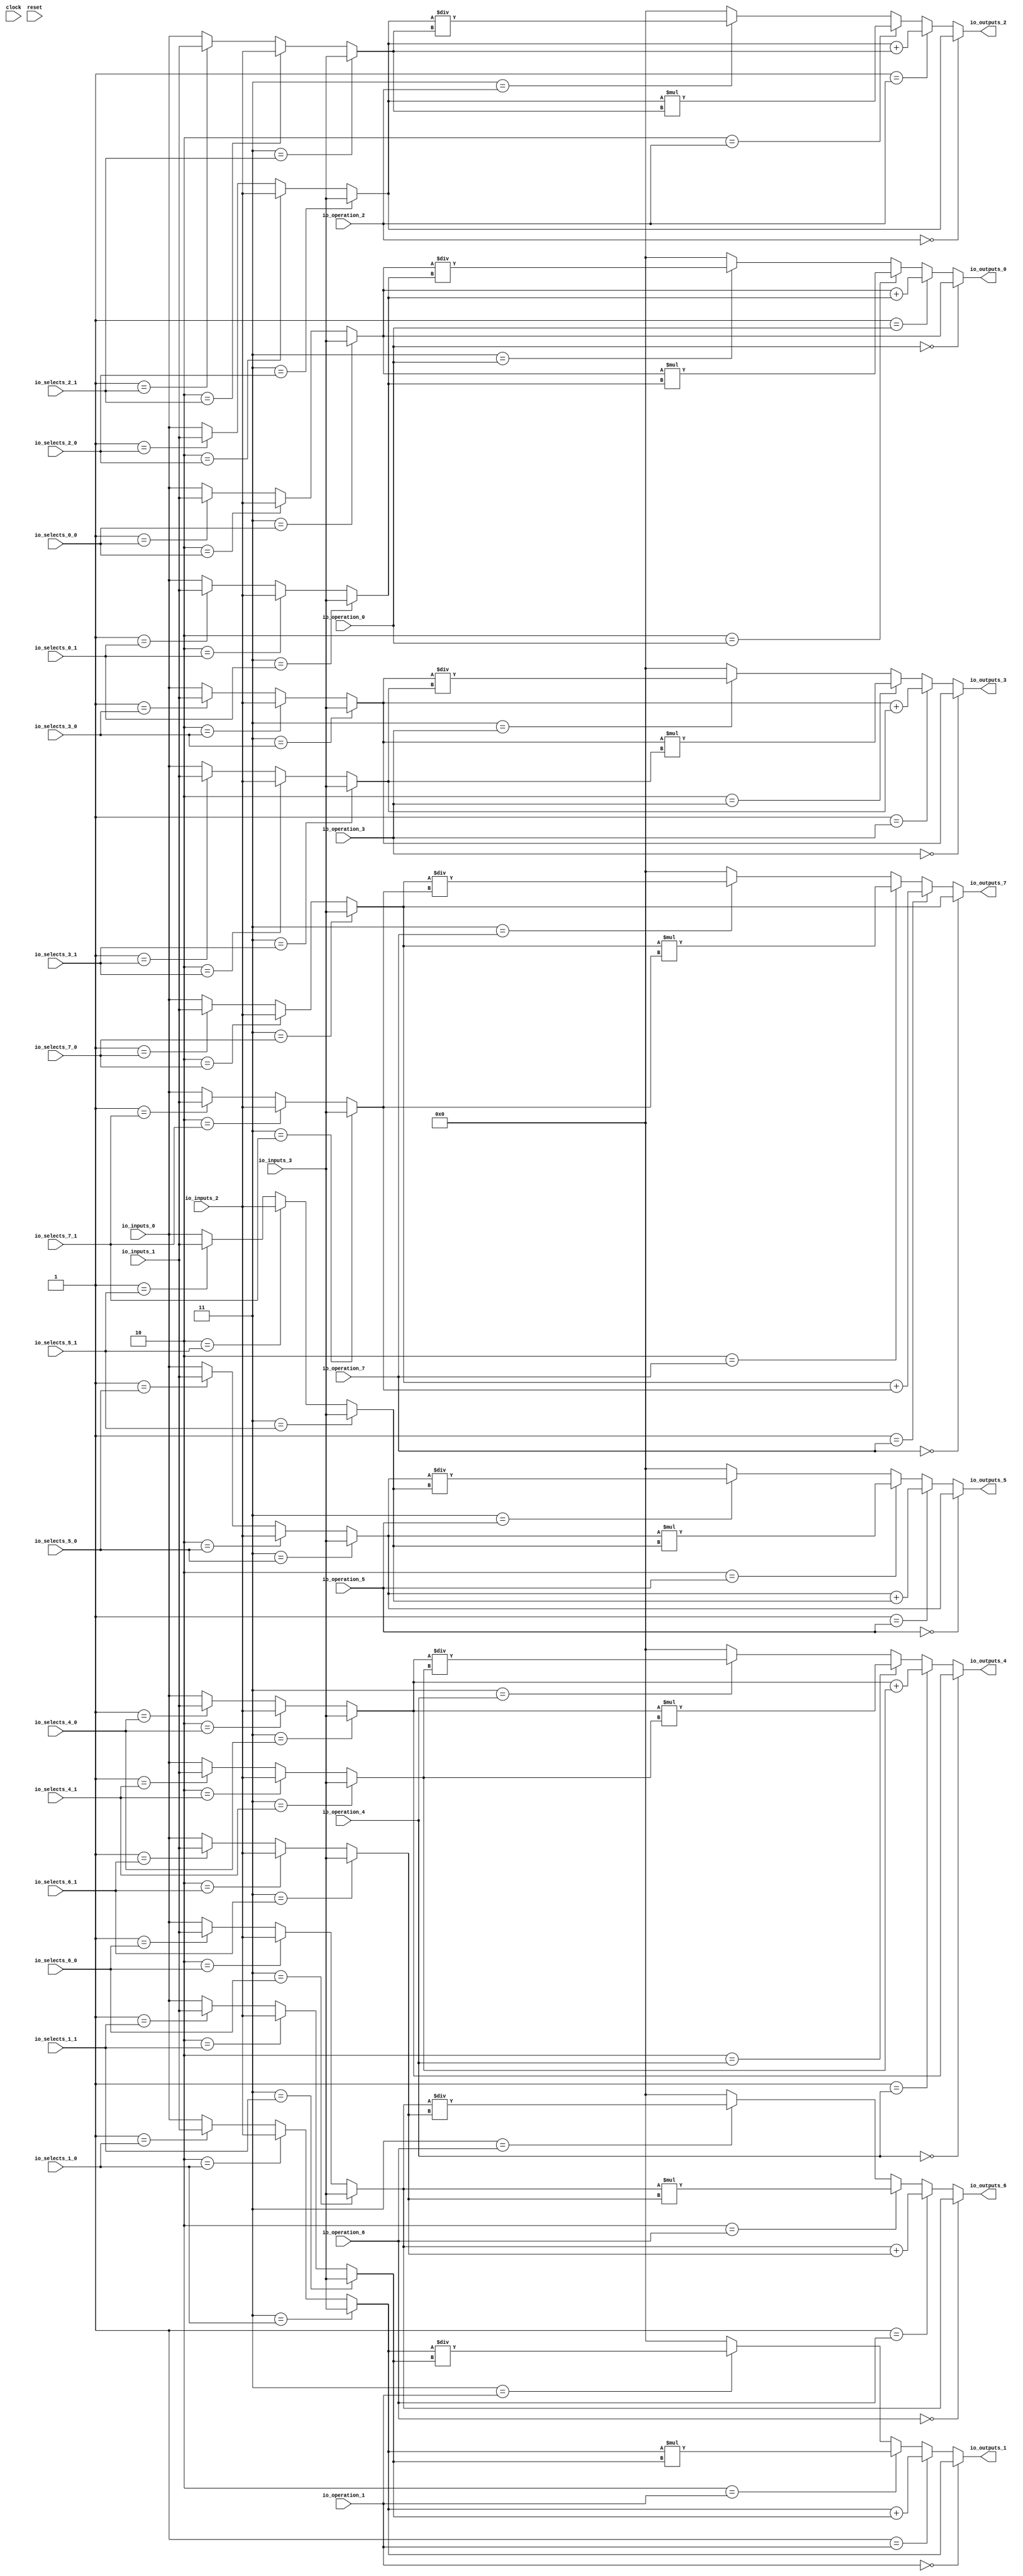
module MuxTest_width_64_inputs_4_outputs_8_pipeline_0( // @[:@3.2]
  input         clock, // @[:@4.4]
  input         reset, // @[:@5.4]
  input  [1:0]  io_selects_0_0, // @[:@6.4]
  input  [1:0]  io_selects_0_1, // @[:@6.4]
  input  [1:0]  io_selects_1_0, // @[:@6.4]
  input  [1:0]  io_selects_1_1, // @[:@6.4]
  input  [1:0]  io_selects_2_0, // @[:@6.4]
  input  [1:0]  io_selects_2_1, // @[:@6.4]
  input  [1:0]  io_selects_3_0, // @[:@6.4]
  input  [1:0]  io_selects_3_1, // @[:@6.4]
  input  [1:0]  io_selects_4_0, // @[:@6.4]
  input  [1:0]  io_selects_4_1, // @[:@6.4]
  input  [1:0]  io_selects_5_0, // @[:@6.4]
  input  [1:0]  io_selects_5_1, // @[:@6.4]
  input  [1:0]  io_selects_6_0, // @[:@6.4]
  input  [1:0]  io_selects_6_1, // @[:@6.4]
  input  [1:0]  io_selects_7_0, // @[:@6.4]
  input  [1:0]  io_selects_7_1, // @[:@6.4]
  input  [2:0]  io_operation_0, // @[:@6.4]
  input  [2:0]  io_operation_1, // @[:@6.4]
  input  [2:0]  io_operation_2, // @[:@6.4]
  input  [2:0]  io_operation_3, // @[:@6.4]
  input  [2:0]  io_operation_4, // @[:@6.4]
  input  [2:0]  io_operation_5, // @[:@6.4]
  input  [2:0]  io_operation_6, // @[:@6.4]
  input  [2:0]  io_operation_7, // @[:@6.4]
  input  [63:0] io_inputs_0, // @[:@6.4]
  input  [63:0] io_inputs_1, // @[:@6.4]
  input  [63:0] io_inputs_2, // @[:@6.4]
  input  [63:0] io_inputs_3, // @[:@6.4]
  output [63:0] io_outputs_0, // @[:@6.4]
  output [63:0] io_outputs_1, // @[:@6.4]
  output [63:0] io_outputs_2, // @[:@6.4]
  output [63:0] io_outputs_3, // @[:@6.4]
  output [63:0] io_outputs_4, // @[:@6.4]
  output [63:0] io_outputs_5, // @[:@6.4]
  output [63:0] io_outputs_6, // @[:@6.4]
  output [63:0] io_outputs_7 // @[:@6.4]
);
  wire [63:0] _GEN_1; // @[MuxTest_width_64_inputs_4_outputs_8_pipeline_0s.scala 32:53:@8.4]
  wire [63:0] _GEN_2; // @[MuxTest_width_64_inputs_4_outputs_8_pipeline_0s.scala 32:53:@8.4]
  wire [63:0] _GEN_3; // @[MuxTest_width_64_inputs_4_outputs_8_pipeline_0s.scala 32:53:@8.4]
  wire [63:0] _GEN_5; // @[MuxTest_width_64_inputs_4_outputs_8_pipeline_0s.scala 32:53:@8.4]
  wire [63:0] _GEN_6; // @[MuxTest_width_64_inputs_4_outputs_8_pipeline_0s.scala 32:53:@8.4]
  wire [63:0] _GEN_7; // @[MuxTest_width_64_inputs_4_outputs_8_pipeline_0s.scala 32:53:@8.4]
  wire [64:0] _T_394; // @[MuxTest_width_64_inputs_4_outputs_8_pipeline_0s.scala 32:53:@8.4]
  wire [63:0] _T_395; // @[MuxTest_width_64_inputs_4_outputs_8_pipeline_0s.scala 32:53:@9.4]
  wire [127:0] _T_397; // @[MuxTest_width_64_inputs_4_outputs_8_pipeline_0s.scala 33:58:@10.4]
  wire [63:0] _T_399; // @[MuxTest_width_64_inputs_4_outputs_8_pipeline_0s.scala 34:56:@11.4]
  wire  _T_400; // @[Mux.scala 46:19:@12.4]
  wire [63:0] _T_401; // @[Mux.scala 46:16:@13.4]
  wire  _T_402; // @[Mux.scala 46:19:@14.4]
  wire [127:0] _T_403; // @[Mux.scala 46:16:@15.4]
  wire  _T_404; // @[Mux.scala 46:19:@16.4]
  wire [127:0] _T_405; // @[Mux.scala 46:16:@17.4]
  wire  _T_406; // @[Mux.scala 46:19:@18.4]
  wire [127:0] _T_407; // @[Mux.scala 46:16:@19.4]
  wire [63:0] _GEN_9; // @[MuxTest_width_64_inputs_4_outputs_8_pipeline_0s.scala 32:53:@20.4]
  wire [63:0] _GEN_10; // @[MuxTest_width_64_inputs_4_outputs_8_pipeline_0s.scala 32:53:@20.4]
  wire [63:0] _GEN_11; // @[MuxTest_width_64_inputs_4_outputs_8_pipeline_0s.scala 32:53:@20.4]
  wire [63:0] _GEN_13; // @[MuxTest_width_64_inputs_4_outputs_8_pipeline_0s.scala 32:53:@20.4]
  wire [63:0] _GEN_14; // @[MuxTest_width_64_inputs_4_outputs_8_pipeline_0s.scala 32:53:@20.4]
  wire [63:0] _GEN_15; // @[MuxTest_width_64_inputs_4_outputs_8_pipeline_0s.scala 32:53:@20.4]
  wire [64:0] _T_411; // @[MuxTest_width_64_inputs_4_outputs_8_pipeline_0s.scala 32:53:@20.4]
  wire [63:0] _T_412; // @[MuxTest_width_64_inputs_4_outputs_8_pipeline_0s.scala 32:53:@21.4]
  wire [127:0] _T_414; // @[MuxTest_width_64_inputs_4_outputs_8_pipeline_0s.scala 33:58:@22.4]
  wire [63:0] _T_416; // @[MuxTest_width_64_inputs_4_outputs_8_pipeline_0s.scala 34:56:@23.4]
  wire  _T_417; // @[Mux.scala 46:19:@24.4]
  wire [63:0] _T_418; // @[Mux.scala 46:16:@25.4]
  wire  _T_419; // @[Mux.scala 46:19:@26.4]
  wire [127:0] _T_420; // @[Mux.scala 46:16:@27.4]
  wire  _T_421; // @[Mux.scala 46:19:@28.4]
  wire [127:0] _T_422; // @[Mux.scala 46:16:@29.4]
  wire  _T_423; // @[Mux.scala 46:19:@30.4]
  wire [127:0] _T_424; // @[Mux.scala 46:16:@31.4]
  wire [63:0] _GEN_17; // @[MuxTest_width_64_inputs_4_outputs_8_pipeline_0s.scala 32:53:@32.4]
  wire [63:0] _GEN_18; // @[MuxTest_width_64_inputs_4_outputs_8_pipeline_0s.scala 32:53:@32.4]
  wire [63:0] _GEN_19; // @[MuxTest_width_64_inputs_4_outputs_8_pipeline_0s.scala 32:53:@32.4]
  wire [63:0] _GEN_21; // @[MuxTest_width_64_inputs_4_outputs_8_pipeline_0s.scala 32:53:@32.4]
  wire [63:0] _GEN_22; // @[MuxTest_width_64_inputs_4_outputs_8_pipeline_0s.scala 32:53:@32.4]
  wire [63:0] _GEN_23; // @[MuxTest_width_64_inputs_4_outputs_8_pipeline_0s.scala 32:53:@32.4]
  wire [64:0] _T_428; // @[MuxTest_width_64_inputs_4_outputs_8_pipeline_0s.scala 32:53:@32.4]
  wire [63:0] _T_429; // @[MuxTest_width_64_inputs_4_outputs_8_pipeline_0s.scala 32:53:@33.4]
  wire [127:0] _T_431; // @[MuxTest_width_64_inputs_4_outputs_8_pipeline_0s.scala 33:58:@34.4]
  wire [63:0] _T_433; // @[MuxTest_width_64_inputs_4_outputs_8_pipeline_0s.scala 34:56:@35.4]
  wire  _T_434; // @[Mux.scala 46:19:@36.4]
  wire [63:0] _T_435; // @[Mux.scala 46:16:@37.4]
  wire  _T_436; // @[Mux.scala 46:19:@38.4]
  wire [127:0] _T_437; // @[Mux.scala 46:16:@39.4]
  wire  _T_438; // @[Mux.scala 46:19:@40.4]
  wire [127:0] _T_439; // @[Mux.scala 46:16:@41.4]
  wire  _T_440; // @[Mux.scala 46:19:@42.4]
  wire [127:0] _T_441; // @[Mux.scala 46:16:@43.4]
  wire [63:0] _GEN_25; // @[MuxTest_width_64_inputs_4_outputs_8_pipeline_0s.scala 32:53:@44.4]
  wire [63:0] _GEN_26; // @[MuxTest_width_64_inputs_4_outputs_8_pipeline_0s.scala 32:53:@44.4]
  wire [63:0] _GEN_27; // @[MuxTest_width_64_inputs_4_outputs_8_pipeline_0s.scala 32:53:@44.4]
  wire [63:0] _GEN_29; // @[MuxTest_width_64_inputs_4_outputs_8_pipeline_0s.scala 32:53:@44.4]
  wire [63:0] _GEN_30; // @[MuxTest_width_64_inputs_4_outputs_8_pipeline_0s.scala 32:53:@44.4]
  wire [63:0] _GEN_31; // @[MuxTest_width_64_inputs_4_outputs_8_pipeline_0s.scala 32:53:@44.4]
  wire [64:0] _T_445; // @[MuxTest_width_64_inputs_4_outputs_8_pipeline_0s.scala 32:53:@44.4]
  wire [63:0] _T_446; // @[MuxTest_width_64_inputs_4_outputs_8_pipeline_0s.scala 32:53:@45.4]
  wire [127:0] _T_448; // @[MuxTest_width_64_inputs_4_outputs_8_pipeline_0s.scala 33:58:@46.4]
  wire [63:0] _T_450; // @[MuxTest_width_64_inputs_4_outputs_8_pipeline_0s.scala 34:56:@47.4]
  wire  _T_451; // @[Mux.scala 46:19:@48.4]
  wire [63:0] _T_452; // @[Mux.scala 46:16:@49.4]
  wire  _T_453; // @[Mux.scala 46:19:@50.4]
  wire [127:0] _T_454; // @[Mux.scala 46:16:@51.4]
  wire  _T_455; // @[Mux.scala 46:19:@52.4]
  wire [127:0] _T_456; // @[Mux.scala 46:16:@53.4]
  wire  _T_457; // @[Mux.scala 46:19:@54.4]
  wire [127:0] _T_458; // @[Mux.scala 46:16:@55.4]
  wire [63:0] _GEN_33; // @[MuxTest_width_64_inputs_4_outputs_8_pipeline_0s.scala 32:53:@56.4]
  wire [63:0] _GEN_34; // @[MuxTest_width_64_inputs_4_outputs_8_pipeline_0s.scala 32:53:@56.4]
  wire [63:0] _GEN_35; // @[MuxTest_width_64_inputs_4_outputs_8_pipeline_0s.scala 32:53:@56.4]
  wire [63:0] _GEN_37; // @[MuxTest_width_64_inputs_4_outputs_8_pipeline_0s.scala 32:53:@56.4]
  wire [63:0] _GEN_38; // @[MuxTest_width_64_inputs_4_outputs_8_pipeline_0s.scala 32:53:@56.4]
  wire [63:0] _GEN_39; // @[MuxTest_width_64_inputs_4_outputs_8_pipeline_0s.scala 32:53:@56.4]
  wire [64:0] _T_462; // @[MuxTest_width_64_inputs_4_outputs_8_pipeline_0s.scala 32:53:@56.4]
  wire [63:0] _T_463; // @[MuxTest_width_64_inputs_4_outputs_8_pipeline_0s.scala 32:53:@57.4]
  wire [127:0] _T_465; // @[MuxTest_width_64_inputs_4_outputs_8_pipeline_0s.scala 33:58:@58.4]
  wire [63:0] _T_467; // @[MuxTest_width_64_inputs_4_outputs_8_pipeline_0s.scala 34:56:@59.4]
  wire  _T_468; // @[Mux.scala 46:19:@60.4]
  wire [63:0] _T_469; // @[Mux.scala 46:16:@61.4]
  wire  _T_470; // @[Mux.scala 46:19:@62.4]
  wire [127:0] _T_471; // @[Mux.scala 46:16:@63.4]
  wire  _T_472; // @[Mux.scala 46:19:@64.4]
  wire [127:0] _T_473; // @[Mux.scala 46:16:@65.4]
  wire  _T_474; // @[Mux.scala 46:19:@66.4]
  wire [127:0] _T_475; // @[Mux.scala 46:16:@67.4]
  wire [63:0] _GEN_41; // @[MuxTest_width_64_inputs_4_outputs_8_pipeline_0s.scala 32:53:@68.4]
  wire [63:0] _GEN_42; // @[MuxTest_width_64_inputs_4_outputs_8_pipeline_0s.scala 32:53:@68.4]
  wire [63:0] _GEN_43; // @[MuxTest_width_64_inputs_4_outputs_8_pipeline_0s.scala 32:53:@68.4]
  wire [63:0] _GEN_45; // @[MuxTest_width_64_inputs_4_outputs_8_pipeline_0s.scala 32:53:@68.4]
  wire [63:0] _GEN_46; // @[MuxTest_width_64_inputs_4_outputs_8_pipeline_0s.scala 32:53:@68.4]
  wire [63:0] _GEN_47; // @[MuxTest_width_64_inputs_4_outputs_8_pipeline_0s.scala 32:53:@68.4]
  wire [64:0] _T_479; // @[MuxTest_width_64_inputs_4_outputs_8_pipeline_0s.scala 32:53:@68.4]
  wire [63:0] _T_480; // @[MuxTest_width_64_inputs_4_outputs_8_pipeline_0s.scala 32:53:@69.4]
  wire [127:0] _T_482; // @[MuxTest_width_64_inputs_4_outputs_8_pipeline_0s.scala 33:58:@70.4]
  wire [63:0] _T_484; // @[MuxTest_width_64_inputs_4_outputs_8_pipeline_0s.scala 34:56:@71.4]
  wire  _T_485; // @[Mux.scala 46:19:@72.4]
  wire [63:0] _T_486; // @[Mux.scala 46:16:@73.4]
  wire  _T_487; // @[Mux.scala 46:19:@74.4]
  wire [127:0] _T_488; // @[Mux.scala 46:16:@75.4]
  wire  _T_489; // @[Mux.scala 46:19:@76.4]
  wire [127:0] _T_490; // @[Mux.scala 46:16:@77.4]
  wire  _T_491; // @[Mux.scala 46:19:@78.4]
  wire [127:0] _T_492; // @[Mux.scala 46:16:@79.4]
  wire [63:0] _GEN_49; // @[MuxTest_width_64_inputs_4_outputs_8_pipeline_0s.scala 32:53:@80.4]
  wire [63:0] _GEN_50; // @[MuxTest_width_64_inputs_4_outputs_8_pipeline_0s.scala 32:53:@80.4]
  wire [63:0] _GEN_51; // @[MuxTest_width_64_inputs_4_outputs_8_pipeline_0s.scala 32:53:@80.4]
  wire [63:0] _GEN_53; // @[MuxTest_width_64_inputs_4_outputs_8_pipeline_0s.scala 32:53:@80.4]
  wire [63:0] _GEN_54; // @[MuxTest_width_64_inputs_4_outputs_8_pipeline_0s.scala 32:53:@80.4]
  wire [63:0] _GEN_55; // @[MuxTest_width_64_inputs_4_outputs_8_pipeline_0s.scala 32:53:@80.4]
  wire [64:0] _T_496; // @[MuxTest_width_64_inputs_4_outputs_8_pipeline_0s.scala 32:53:@80.4]
  wire [63:0] _T_497; // @[MuxTest_width_64_inputs_4_outputs_8_pipeline_0s.scala 32:53:@81.4]
  wire [127:0] _T_499; // @[MuxTest_width_64_inputs_4_outputs_8_pipeline_0s.scala 33:58:@82.4]
  wire [63:0] _T_501; // @[MuxTest_width_64_inputs_4_outputs_8_pipeline_0s.scala 34:56:@83.4]
  wire  _T_502; // @[Mux.scala 46:19:@84.4]
  wire [63:0] _T_503; // @[Mux.scala 46:16:@85.4]
  wire  _T_504; // @[Mux.scala 46:19:@86.4]
  wire [127:0] _T_505; // @[Mux.scala 46:16:@87.4]
  wire  _T_506; // @[Mux.scala 46:19:@88.4]
  wire [127:0] _T_507; // @[Mux.scala 46:16:@89.4]
  wire  _T_508; // @[Mux.scala 46:19:@90.4]
  wire [127:0] _T_509; // @[Mux.scala 46:16:@91.4]
  wire [63:0] _GEN_57; // @[MuxTest_width_64_inputs_4_outputs_8_pipeline_0s.scala 32:53:@92.4]
  wire [63:0] _GEN_58; // @[MuxTest_width_64_inputs_4_outputs_8_pipeline_0s.scala 32:53:@92.4]
  wire [63:0] _GEN_59; // @[MuxTest_width_64_inputs_4_outputs_8_pipeline_0s.scala 32:53:@92.4]
  wire [63:0] _GEN_61; // @[MuxTest_width_64_inputs_4_outputs_8_pipeline_0s.scala 32:53:@92.4]
  wire [63:0] _GEN_62; // @[MuxTest_width_64_inputs_4_outputs_8_pipeline_0s.scala 32:53:@92.4]
  wire [63:0] _GEN_63; // @[MuxTest_width_64_inputs_4_outputs_8_pipeline_0s.scala 32:53:@92.4]
  wire [64:0] _T_513; // @[MuxTest_width_64_inputs_4_outputs_8_pipeline_0s.scala 32:53:@92.4]
  wire [63:0] _T_514; // @[MuxTest_width_64_inputs_4_outputs_8_pipeline_0s.scala 32:53:@93.4]
  wire [127:0] _T_516; // @[MuxTest_width_64_inputs_4_outputs_8_pipeline_0s.scala 33:58:@94.4]
  wire [63:0] _T_518; // @[MuxTest_width_64_inputs_4_outputs_8_pipeline_0s.scala 34:56:@95.4]
  wire  _T_519; // @[Mux.scala 46:19:@96.4]
  wire [63:0] _T_520; // @[Mux.scala 46:16:@97.4]
  wire  _T_521; // @[Mux.scala 46:19:@98.4]
  wire [127:0] _T_522; // @[Mux.scala 46:16:@99.4]
  wire  _T_523; // @[Mux.scala 46:19:@100.4]
  wire [127:0] _T_524; // @[Mux.scala 46:16:@101.4]
  wire  _T_525; // @[Mux.scala 46:19:@102.4]
  wire [127:0] _T_526; // @[Mux.scala 46:16:@103.4]
  assign _GEN_1 = 2'h1 == io_selects_0_0 ? io_inputs_1 : io_inputs_0; // @[MuxTest_width_64_inputs_4_outputs_8_pipeline_0s.scala 32:53:@8.4]
  assign _GEN_2 = 2'h2 == io_selects_0_0 ? io_inputs_2 : _GEN_1; // @[MuxTest_width_64_inputs_4_outputs_8_pipeline_0s.scala 32:53:@8.4]
  assign _GEN_3 = 2'h3 == io_selects_0_0 ? io_inputs_3 : _GEN_2; // @[MuxTest_width_64_inputs_4_outputs_8_pipeline_0s.scala 32:53:@8.4]
  assign _GEN_5 = 2'h1 == io_selects_0_1 ? io_inputs_1 : io_inputs_0; // @[MuxTest_width_64_inputs_4_outputs_8_pipeline_0s.scala 32:53:@8.4]
  assign _GEN_6 = 2'h2 == io_selects_0_1 ? io_inputs_2 : _GEN_5; // @[MuxTest_width_64_inputs_4_outputs_8_pipeline_0s.scala 32:53:@8.4]
  assign _GEN_7 = 2'h3 == io_selects_0_1 ? io_inputs_3 : _GEN_6; // @[MuxTest_width_64_inputs_4_outputs_8_pipeline_0s.scala 32:53:@8.4]
  assign _T_394 = _GEN_3 + _GEN_7; // @[MuxTest_width_64_inputs_4_outputs_8_pipeline_0s.scala 32:53:@8.4]
  assign _T_395 = _GEN_3 + _GEN_7; // @[MuxTest_width_64_inputs_4_outputs_8_pipeline_0s.scala 32:53:@9.4]
  assign _T_397 = _GEN_3 * _GEN_7; // @[MuxTest_width_64_inputs_4_outputs_8_pipeline_0s.scala 33:58:@10.4]
  assign _T_399 = _GEN_3 / _GEN_7; // @[MuxTest_width_64_inputs_4_outputs_8_pipeline_0s.scala 34:56:@11.4]
  assign _T_400 = 3'h3 == io_operation_0; // @[Mux.scala 46:19:@12.4]
  assign _T_401 = _T_400 ? _T_399 : 64'h0; // @[Mux.scala 46:16:@13.4]
  assign _T_402 = 3'h2 == io_operation_0; // @[Mux.scala 46:19:@14.4]
  assign _T_403 = _T_402 ? _T_397 : {{64'd0}, _T_401}; // @[Mux.scala 46:16:@15.4]
  assign _T_404 = 3'h1 == io_operation_0; // @[Mux.scala 46:19:@16.4]
  assign _T_405 = _T_404 ? {{64'd0}, _T_395} : _T_403; // @[Mux.scala 46:16:@17.4]
  assign _T_406 = 3'h0 == io_operation_0; // @[Mux.scala 46:19:@18.4]
  assign _T_407 = _T_406 ? {{64'd0}, _GEN_3} : _T_405; // @[Mux.scala 46:16:@19.4]
  assign _GEN_9 = 2'h1 == io_selects_1_0 ? io_inputs_1 : io_inputs_0; // @[MuxTest_width_64_inputs_4_outputs_8_pipeline_0s.scala 32:53:@20.4]
  assign _GEN_10 = 2'h2 == io_selects_1_0 ? io_inputs_2 : _GEN_9; // @[MuxTest_width_64_inputs_4_outputs_8_pipeline_0s.scala 32:53:@20.4]
  assign _GEN_11 = 2'h3 == io_selects_1_0 ? io_inputs_3 : _GEN_10; // @[MuxTest_width_64_inputs_4_outputs_8_pipeline_0s.scala 32:53:@20.4]
  assign _GEN_13 = 2'h1 == io_selects_1_1 ? io_inputs_1 : io_inputs_0; // @[MuxTest_width_64_inputs_4_outputs_8_pipeline_0s.scala 32:53:@20.4]
  assign _GEN_14 = 2'h2 == io_selects_1_1 ? io_inputs_2 : _GEN_13; // @[MuxTest_width_64_inputs_4_outputs_8_pipeline_0s.scala 32:53:@20.4]
  assign _GEN_15 = 2'h3 == io_selects_1_1 ? io_inputs_3 : _GEN_14; // @[MuxTest_width_64_inputs_4_outputs_8_pipeline_0s.scala 32:53:@20.4]
  assign _T_411 = _GEN_11 + _GEN_15; // @[MuxTest_width_64_inputs_4_outputs_8_pipeline_0s.scala 32:53:@20.4]
  assign _T_412 = _GEN_11 + _GEN_15; // @[MuxTest_width_64_inputs_4_outputs_8_pipeline_0s.scala 32:53:@21.4]
  assign _T_414 = _GEN_11 * _GEN_15; // @[MuxTest_width_64_inputs_4_outputs_8_pipeline_0s.scala 33:58:@22.4]
  assign _T_416 = _GEN_11 / _GEN_15; // @[MuxTest_width_64_inputs_4_outputs_8_pipeline_0s.scala 34:56:@23.4]
  assign _T_417 = 3'h3 == io_operation_1; // @[Mux.scala 46:19:@24.4]
  assign _T_418 = _T_417 ? _T_416 : 64'h0; // @[Mux.scala 46:16:@25.4]
  assign _T_419 = 3'h2 == io_operation_1; // @[Mux.scala 46:19:@26.4]
  assign _T_420 = _T_419 ? _T_414 : {{64'd0}, _T_418}; // @[Mux.scala 46:16:@27.4]
  assign _T_421 = 3'h1 == io_operation_1; // @[Mux.scala 46:19:@28.4]
  assign _T_422 = _T_421 ? {{64'd0}, _T_412} : _T_420; // @[Mux.scala 46:16:@29.4]
  assign _T_423 = 3'h0 == io_operation_1; // @[Mux.scala 46:19:@30.4]
  assign _T_424 = _T_423 ? {{64'd0}, _GEN_11} : _T_422; // @[Mux.scala 46:16:@31.4]
  assign _GEN_17 = 2'h1 == io_selects_2_0 ? io_inputs_1 : io_inputs_0; // @[MuxTest_width_64_inputs_4_outputs_8_pipeline_0s.scala 32:53:@32.4]
  assign _GEN_18 = 2'h2 == io_selects_2_0 ? io_inputs_2 : _GEN_17; // @[MuxTest_width_64_inputs_4_outputs_8_pipeline_0s.scala 32:53:@32.4]
  assign _GEN_19 = 2'h3 == io_selects_2_0 ? io_inputs_3 : _GEN_18; // @[MuxTest_width_64_inputs_4_outputs_8_pipeline_0s.scala 32:53:@32.4]
  assign _GEN_21 = 2'h1 == io_selects_2_1 ? io_inputs_1 : io_inputs_0; // @[MuxTest_width_64_inputs_4_outputs_8_pipeline_0s.scala 32:53:@32.4]
  assign _GEN_22 = 2'h2 == io_selects_2_1 ? io_inputs_2 : _GEN_21; // @[MuxTest_width_64_inputs_4_outputs_8_pipeline_0s.scala 32:53:@32.4]
  assign _GEN_23 = 2'h3 == io_selects_2_1 ? io_inputs_3 : _GEN_22; // @[MuxTest_width_64_inputs_4_outputs_8_pipeline_0s.scala 32:53:@32.4]
  assign _T_428 = _GEN_19 + _GEN_23; // @[MuxTest_width_64_inputs_4_outputs_8_pipeline_0s.scala 32:53:@32.4]
  assign _T_429 = _GEN_19 + _GEN_23; // @[MuxTest_width_64_inputs_4_outputs_8_pipeline_0s.scala 32:53:@33.4]
  assign _T_431 = _GEN_19 * _GEN_23; // @[MuxTest_width_64_inputs_4_outputs_8_pipeline_0s.scala 33:58:@34.4]
  assign _T_433 = _GEN_19 / _GEN_23; // @[MuxTest_width_64_inputs_4_outputs_8_pipeline_0s.scala 34:56:@35.4]
  assign _T_434 = 3'h3 == io_operation_2; // @[Mux.scala 46:19:@36.4]
  assign _T_435 = _T_434 ? _T_433 : 64'h0; // @[Mux.scala 46:16:@37.4]
  assign _T_436 = 3'h2 == io_operation_2; // @[Mux.scala 46:19:@38.4]
  assign _T_437 = _T_436 ? _T_431 : {{64'd0}, _T_435}; // @[Mux.scala 46:16:@39.4]
  assign _T_438 = 3'h1 == io_operation_2; // @[Mux.scala 46:19:@40.4]
  assign _T_439 = _T_438 ? {{64'd0}, _T_429} : _T_437; // @[Mux.scala 46:16:@41.4]
  assign _T_440 = 3'h0 == io_operation_2; // @[Mux.scala 46:19:@42.4]
  assign _T_441 = _T_440 ? {{64'd0}, _GEN_19} : _T_439; // @[Mux.scala 46:16:@43.4]
  assign _GEN_25 = 2'h1 == io_selects_3_0 ? io_inputs_1 : io_inputs_0; // @[MuxTest_width_64_inputs_4_outputs_8_pipeline_0s.scala 32:53:@44.4]
  assign _GEN_26 = 2'h2 == io_selects_3_0 ? io_inputs_2 : _GEN_25; // @[MuxTest_width_64_inputs_4_outputs_8_pipeline_0s.scala 32:53:@44.4]
  assign _GEN_27 = 2'h3 == io_selects_3_0 ? io_inputs_3 : _GEN_26; // @[MuxTest_width_64_inputs_4_outputs_8_pipeline_0s.scala 32:53:@44.4]
  assign _GEN_29 = 2'h1 == io_selects_3_1 ? io_inputs_1 : io_inputs_0; // @[MuxTest_width_64_inputs_4_outputs_8_pipeline_0s.scala 32:53:@44.4]
  assign _GEN_30 = 2'h2 == io_selects_3_1 ? io_inputs_2 : _GEN_29; // @[MuxTest_width_64_inputs_4_outputs_8_pipeline_0s.scala 32:53:@44.4]
  assign _GEN_31 = 2'h3 == io_selects_3_1 ? io_inputs_3 : _GEN_30; // @[MuxTest_width_64_inputs_4_outputs_8_pipeline_0s.scala 32:53:@44.4]
  assign _T_445 = _GEN_27 + _GEN_31; // @[MuxTest_width_64_inputs_4_outputs_8_pipeline_0s.scala 32:53:@44.4]
  assign _T_446 = _GEN_27 + _GEN_31; // @[MuxTest_width_64_inputs_4_outputs_8_pipeline_0s.scala 32:53:@45.4]
  assign _T_448 = _GEN_27 * _GEN_31; // @[MuxTest_width_64_inputs_4_outputs_8_pipeline_0s.scala 33:58:@46.4]
  assign _T_450 = _GEN_27 / _GEN_31; // @[MuxTest_width_64_inputs_4_outputs_8_pipeline_0s.scala 34:56:@47.4]
  assign _T_451 = 3'h3 == io_operation_3; // @[Mux.scala 46:19:@48.4]
  assign _T_452 = _T_451 ? _T_450 : 64'h0; // @[Mux.scala 46:16:@49.4]
  assign _T_453 = 3'h2 == io_operation_3; // @[Mux.scala 46:19:@50.4]
  assign _T_454 = _T_453 ? _T_448 : {{64'd0}, _T_452}; // @[Mux.scala 46:16:@51.4]
  assign _T_455 = 3'h1 == io_operation_3; // @[Mux.scala 46:19:@52.4]
  assign _T_456 = _T_455 ? {{64'd0}, _T_446} : _T_454; // @[Mux.scala 46:16:@53.4]
  assign _T_457 = 3'h0 == io_operation_3; // @[Mux.scala 46:19:@54.4]
  assign _T_458 = _T_457 ? {{64'd0}, _GEN_27} : _T_456; // @[Mux.scala 46:16:@55.4]
  assign _GEN_33 = 2'h1 == io_selects_4_0 ? io_inputs_1 : io_inputs_0; // @[MuxTest_width_64_inputs_4_outputs_8_pipeline_0s.scala 32:53:@56.4]
  assign _GEN_34 = 2'h2 == io_selects_4_0 ? io_inputs_2 : _GEN_33; // @[MuxTest_width_64_inputs_4_outputs_8_pipeline_0s.scala 32:53:@56.4]
  assign _GEN_35 = 2'h3 == io_selects_4_0 ? io_inputs_3 : _GEN_34; // @[MuxTest_width_64_inputs_4_outputs_8_pipeline_0s.scala 32:53:@56.4]
  assign _GEN_37 = 2'h1 == io_selects_4_1 ? io_inputs_1 : io_inputs_0; // @[MuxTest_width_64_inputs_4_outputs_8_pipeline_0s.scala 32:53:@56.4]
  assign _GEN_38 = 2'h2 == io_selects_4_1 ? io_inputs_2 : _GEN_37; // @[MuxTest_width_64_inputs_4_outputs_8_pipeline_0s.scala 32:53:@56.4]
  assign _GEN_39 = 2'h3 == io_selects_4_1 ? io_inputs_3 : _GEN_38; // @[MuxTest_width_64_inputs_4_outputs_8_pipeline_0s.scala 32:53:@56.4]
  assign _T_462 = _GEN_35 + _GEN_39; // @[MuxTest_width_64_inputs_4_outputs_8_pipeline_0s.scala 32:53:@56.4]
  assign _T_463 = _GEN_35 + _GEN_39; // @[MuxTest_width_64_inputs_4_outputs_8_pipeline_0s.scala 32:53:@57.4]
  assign _T_465 = _GEN_35 * _GEN_39; // @[MuxTest_width_64_inputs_4_outputs_8_pipeline_0s.scala 33:58:@58.4]
  assign _T_467 = _GEN_35 / _GEN_39; // @[MuxTest_width_64_inputs_4_outputs_8_pipeline_0s.scala 34:56:@59.4]
  assign _T_468 = 3'h3 == io_operation_4; // @[Mux.scala 46:19:@60.4]
  assign _T_469 = _T_468 ? _T_467 : 64'h0; // @[Mux.scala 46:16:@61.4]
  assign _T_470 = 3'h2 == io_operation_4; // @[Mux.scala 46:19:@62.4]
  assign _T_471 = _T_470 ? _T_465 : {{64'd0}, _T_469}; // @[Mux.scala 46:16:@63.4]
  assign _T_472 = 3'h1 == io_operation_4; // @[Mux.scala 46:19:@64.4]
  assign _T_473 = _T_472 ? {{64'd0}, _T_463} : _T_471; // @[Mux.scala 46:16:@65.4]
  assign _T_474 = 3'h0 == io_operation_4; // @[Mux.scala 46:19:@66.4]
  assign _T_475 = _T_474 ? {{64'd0}, _GEN_35} : _T_473; // @[Mux.scala 46:16:@67.4]
  assign _GEN_41 = 2'h1 == io_selects_5_0 ? io_inputs_1 : io_inputs_0; // @[MuxTest_width_64_inputs_4_outputs_8_pipeline_0s.scala 32:53:@68.4]
  assign _GEN_42 = 2'h2 == io_selects_5_0 ? io_inputs_2 : _GEN_41; // @[MuxTest_width_64_inputs_4_outputs_8_pipeline_0s.scala 32:53:@68.4]
  assign _GEN_43 = 2'h3 == io_selects_5_0 ? io_inputs_3 : _GEN_42; // @[MuxTest_width_64_inputs_4_outputs_8_pipeline_0s.scala 32:53:@68.4]
  assign _GEN_45 = 2'h1 == io_selects_5_1 ? io_inputs_1 : io_inputs_0; // @[MuxTest_width_64_inputs_4_outputs_8_pipeline_0s.scala 32:53:@68.4]
  assign _GEN_46 = 2'h2 == io_selects_5_1 ? io_inputs_2 : _GEN_45; // @[MuxTest_width_64_inputs_4_outputs_8_pipeline_0s.scala 32:53:@68.4]
  assign _GEN_47 = 2'h3 == io_selects_5_1 ? io_inputs_3 : _GEN_46; // @[MuxTest_width_64_inputs_4_outputs_8_pipeline_0s.scala 32:53:@68.4]
  assign _T_479 = _GEN_43 + _GEN_47; // @[MuxTest_width_64_inputs_4_outputs_8_pipeline_0s.scala 32:53:@68.4]
  assign _T_480 = _GEN_43 + _GEN_47; // @[MuxTest_width_64_inputs_4_outputs_8_pipeline_0s.scala 32:53:@69.4]
  assign _T_482 = _GEN_43 * _GEN_47; // @[MuxTest_width_64_inputs_4_outputs_8_pipeline_0s.scala 33:58:@70.4]
  assign _T_484 = _GEN_43 / _GEN_47; // @[MuxTest_width_64_inputs_4_outputs_8_pipeline_0s.scala 34:56:@71.4]
  assign _T_485 = 3'h3 == io_operation_5; // @[Mux.scala 46:19:@72.4]
  assign _T_486 = _T_485 ? _T_484 : 64'h0; // @[Mux.scala 46:16:@73.4]
  assign _T_487 = 3'h2 == io_operation_5; // @[Mux.scala 46:19:@74.4]
  assign _T_488 = _T_487 ? _T_482 : {{64'd0}, _T_486}; // @[Mux.scala 46:16:@75.4]
  assign _T_489 = 3'h1 == io_operation_5; // @[Mux.scala 46:19:@76.4]
  assign _T_490 = _T_489 ? {{64'd0}, _T_480} : _T_488; // @[Mux.scala 46:16:@77.4]
  assign _T_491 = 3'h0 == io_operation_5; // @[Mux.scala 46:19:@78.4]
  assign _T_492 = _T_491 ? {{64'd0}, _GEN_43} : _T_490; // @[Mux.scala 46:16:@79.4]
  assign _GEN_49 = 2'h1 == io_selects_6_0 ? io_inputs_1 : io_inputs_0; // @[MuxTest_width_64_inputs_4_outputs_8_pipeline_0s.scala 32:53:@80.4]
  assign _GEN_50 = 2'h2 == io_selects_6_0 ? io_inputs_2 : _GEN_49; // @[MuxTest_width_64_inputs_4_outputs_8_pipeline_0s.scala 32:53:@80.4]
  assign _GEN_51 = 2'h3 == io_selects_6_0 ? io_inputs_3 : _GEN_50; // @[MuxTest_width_64_inputs_4_outputs_8_pipeline_0s.scala 32:53:@80.4]
  assign _GEN_53 = 2'h1 == io_selects_6_1 ? io_inputs_1 : io_inputs_0; // @[MuxTest_width_64_inputs_4_outputs_8_pipeline_0s.scala 32:53:@80.4]
  assign _GEN_54 = 2'h2 == io_selects_6_1 ? io_inputs_2 : _GEN_53; // @[MuxTest_width_64_inputs_4_outputs_8_pipeline_0s.scala 32:53:@80.4]
  assign _GEN_55 = 2'h3 == io_selects_6_1 ? io_inputs_3 : _GEN_54; // @[MuxTest_width_64_inputs_4_outputs_8_pipeline_0s.scala 32:53:@80.4]
  assign _T_496 = _GEN_51 + _GEN_55; // @[MuxTest_width_64_inputs_4_outputs_8_pipeline_0s.scala 32:53:@80.4]
  assign _T_497 = _GEN_51 + _GEN_55; // @[MuxTest_width_64_inputs_4_outputs_8_pipeline_0s.scala 32:53:@81.4]
  assign _T_499 = _GEN_51 * _GEN_55; // @[MuxTest_width_64_inputs_4_outputs_8_pipeline_0s.scala 33:58:@82.4]
  assign _T_501 = _GEN_51 / _GEN_55; // @[MuxTest_width_64_inputs_4_outputs_8_pipeline_0s.scala 34:56:@83.4]
  assign _T_502 = 3'h3 == io_operation_6; // @[Mux.scala 46:19:@84.4]
  assign _T_503 = _T_502 ? _T_501 : 64'h0; // @[Mux.scala 46:16:@85.4]
  assign _T_504 = 3'h2 == io_operation_6; // @[Mux.scala 46:19:@86.4]
  assign _T_505 = _T_504 ? _T_499 : {{64'd0}, _T_503}; // @[Mux.scala 46:16:@87.4]
  assign _T_506 = 3'h1 == io_operation_6; // @[Mux.scala 46:19:@88.4]
  assign _T_507 = _T_506 ? {{64'd0}, _T_497} : _T_505; // @[Mux.scala 46:16:@89.4]
  assign _T_508 = 3'h0 == io_operation_6; // @[Mux.scala 46:19:@90.4]
  assign _T_509 = _T_508 ? {{64'd0}, _GEN_51} : _T_507; // @[Mux.scala 46:16:@91.4]
  assign _GEN_57 = 2'h1 == io_selects_7_0 ? io_inputs_1 : io_inputs_0; // @[MuxTest_width_64_inputs_4_outputs_8_pipeline_0s.scala 32:53:@92.4]
  assign _GEN_58 = 2'h2 == io_selects_7_0 ? io_inputs_2 : _GEN_57; // @[MuxTest_width_64_inputs_4_outputs_8_pipeline_0s.scala 32:53:@92.4]
  assign _GEN_59 = 2'h3 == io_selects_7_0 ? io_inputs_3 : _GEN_58; // @[MuxTest_width_64_inputs_4_outputs_8_pipeline_0s.scala 32:53:@92.4]
  assign _GEN_61 = 2'h1 == io_selects_7_1 ? io_inputs_1 : io_inputs_0; // @[MuxTest_width_64_inputs_4_outputs_8_pipeline_0s.scala 32:53:@92.4]
  assign _GEN_62 = 2'h2 == io_selects_7_1 ? io_inputs_2 : _GEN_61; // @[MuxTest_width_64_inputs_4_outputs_8_pipeline_0s.scala 32:53:@92.4]
  assign _GEN_63 = 2'h3 == io_selects_7_1 ? io_inputs_3 : _GEN_62; // @[MuxTest_width_64_inputs_4_outputs_8_pipeline_0s.scala 32:53:@92.4]
  assign _T_513 = _GEN_59 + _GEN_63; // @[MuxTest_width_64_inputs_4_outputs_8_pipeline_0s.scala 32:53:@92.4]
  assign _T_514 = _GEN_59 + _GEN_63; // @[MuxTest_width_64_inputs_4_outputs_8_pipeline_0s.scala 32:53:@93.4]
  assign _T_516 = _GEN_59 * _GEN_63; // @[MuxTest_width_64_inputs_4_outputs_8_pipeline_0s.scala 33:58:@94.4]
  assign _T_518 = _GEN_59 / _GEN_63; // @[MuxTest_width_64_inputs_4_outputs_8_pipeline_0s.scala 34:56:@95.4]
  assign _T_519 = 3'h3 == io_operation_7; // @[Mux.scala 46:19:@96.4]
  assign _T_520 = _T_519 ? _T_518 : 64'h0; // @[Mux.scala 46:16:@97.4]
  assign _T_521 = 3'h2 == io_operation_7; // @[Mux.scala 46:19:@98.4]
  assign _T_522 = _T_521 ? _T_516 : {{64'd0}, _T_520}; // @[Mux.scala 46:16:@99.4]
  assign _T_523 = 3'h1 == io_operation_7; // @[Mux.scala 46:19:@100.4]
  assign _T_524 = _T_523 ? {{64'd0}, _T_514} : _T_522; // @[Mux.scala 46:16:@101.4]
  assign _T_525 = 3'h0 == io_operation_7; // @[Mux.scala 46:19:@102.4]
  assign _T_526 = _T_525 ? {{64'd0}, _GEN_59} : _T_524; // @[Mux.scala 46:16:@103.4]
  assign io_outputs_0 = _T_407[63:0]; // @[MuxTest_width_64_inputs_4_outputs_8_pipeline_0s.scala 23:14:@104.4]
  assign io_outputs_1 = _T_424[63:0]; // @[MuxTest_width_64_inputs_4_outputs_8_pipeline_0s.scala 23:14:@105.4]
  assign io_outputs_2 = _T_441[63:0]; // @[MuxTest_width_64_inputs_4_outputs_8_pipeline_0s.scala 23:14:@106.4]
  assign io_outputs_3 = _T_458[63:0]; // @[MuxTest_width_64_inputs_4_outputs_8_pipeline_0s.scala 23:14:@107.4]
  assign io_outputs_4 = _T_475[63:0]; // @[MuxTest_width_64_inputs_4_outputs_8_pipeline_0s.scala 23:14:@108.4]
  assign io_outputs_5 = _T_492[63:0]; // @[MuxTest_width_64_inputs_4_outputs_8_pipeline_0s.scala 23:14:@109.4]
  assign io_outputs_6 = _T_509[63:0]; // @[MuxTest_width_64_inputs_4_outputs_8_pipeline_0s.scala 23:14:@110.4]
  assign io_outputs_7 = _T_526[63:0]; // @[MuxTest_width_64_inputs_4_outputs_8_pipeline_0s.scala 23:14:@111.4]
endmodule